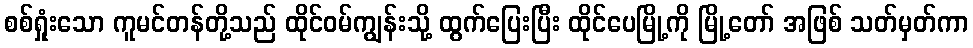
စစ်ရှုံးသော ကူမင်တန်တို့သည် ထိုင်ဝမ်ကျွန်းသို့ ထွက်ပြေးပြီး ထိုင်ပေမြို့ကို မြို့တော် အဖြစ် သတ်မှတ်ကာ